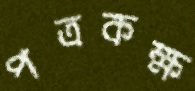
পত্রকক্ষ